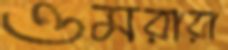
ওমরারা